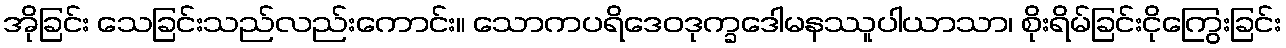
အိုခြင်း သေခြင်းသည်လည်းကောင်း။ သောကပရိဒေဝဒုက္ခဒေါမနဿူပါယာသာ၊ စိုးရိမ်ခြင်းငိုကြွေးခြင်း